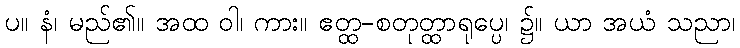
ပ။ နံ၊ မည်၏။ အထ ဝါ၊ ကား။ ဧတ္ထ-စတုတ္ထာရုပ္ပေ၊ ၌။ ယာ အယံ သညာ၊